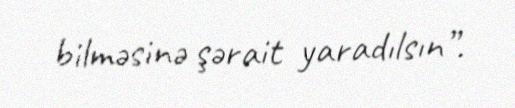
bilməsinə şərait yaradılsın”.